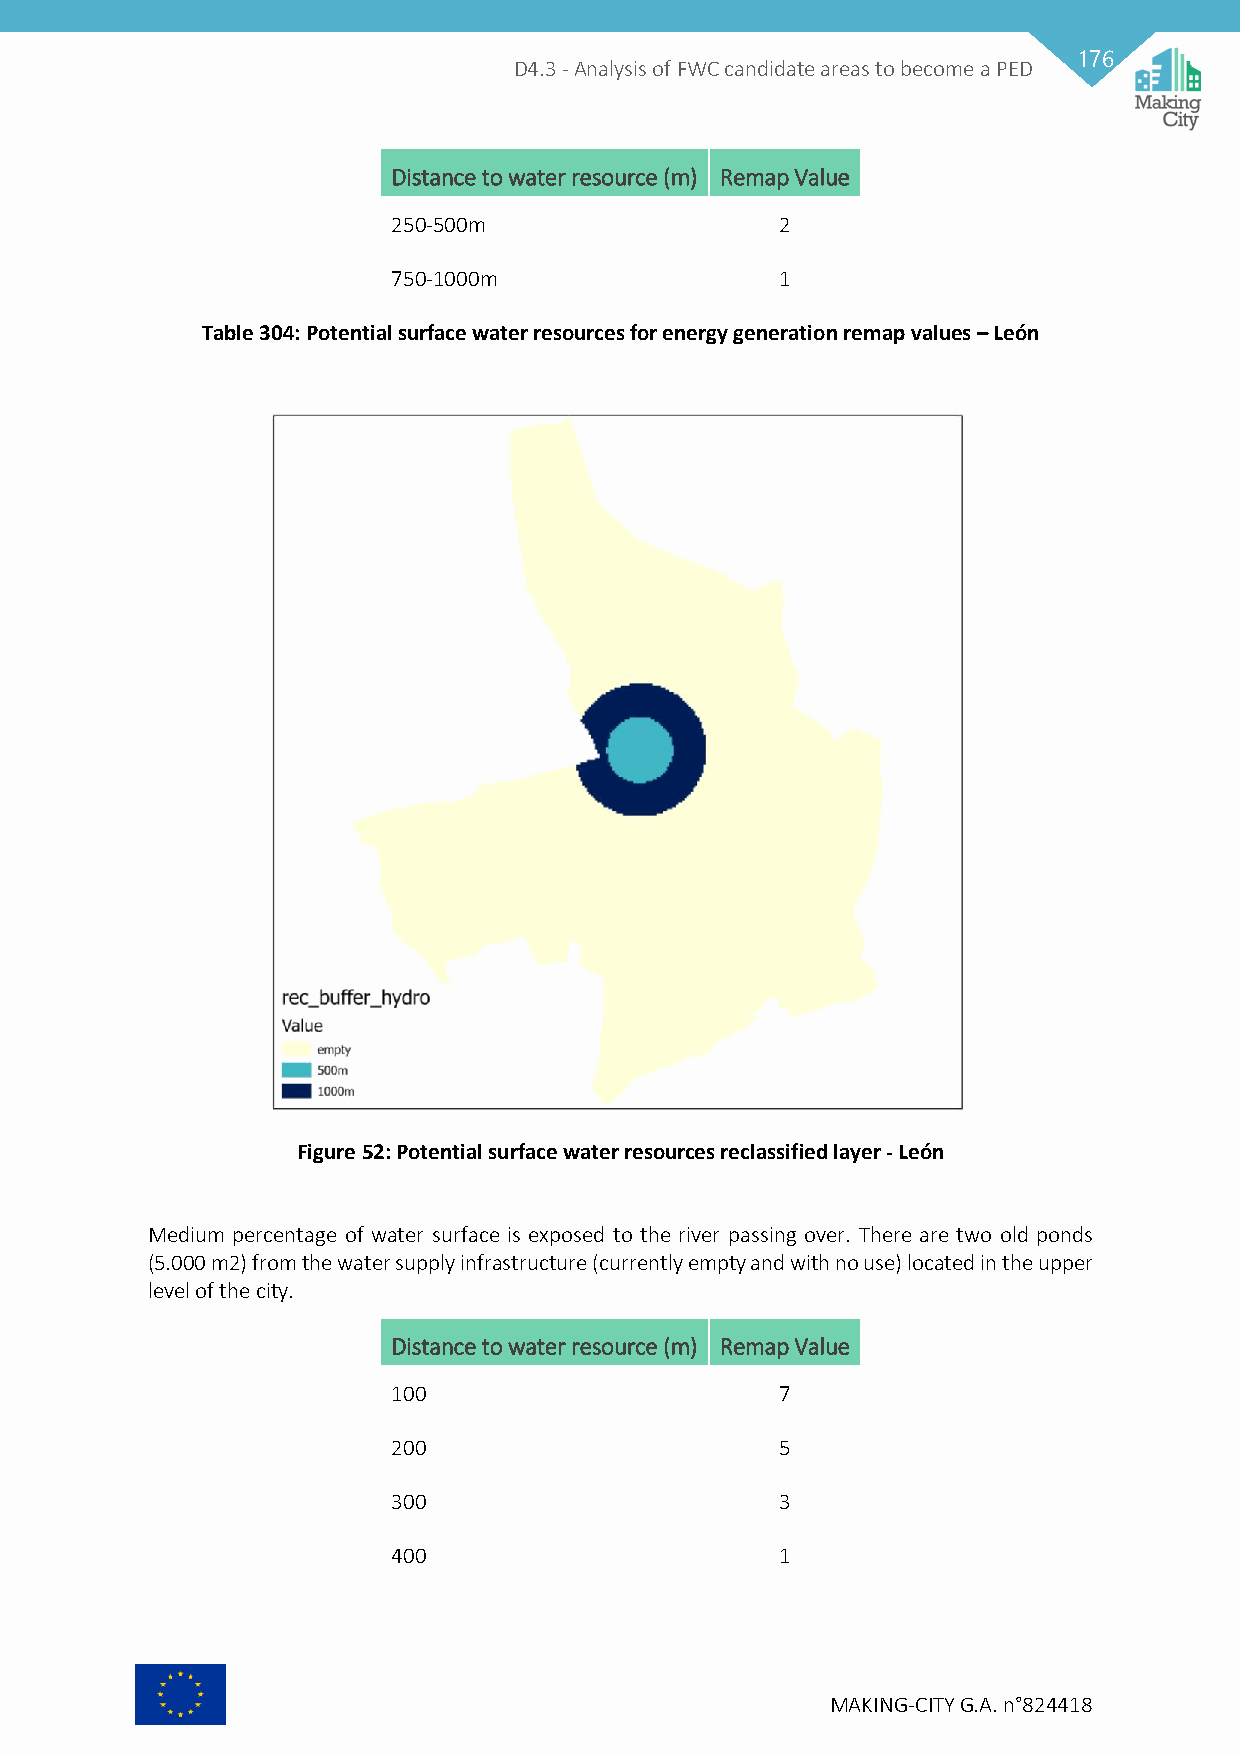
176
 D4.3 - Analysis of FWC candidate areas to become a PED
 Distance to water resource (m) Remap Value
 250-500m                  2
 750-1000m                 1
 Table 304: Potential surface water resources for energy generation remap values – León
 Figure 52: Potential surface water resources reclassified layer - León
 Medium percentage of water surface is exposed to the river passing over. There are two old ponds
 (5.000 m2) from the water supply infrastructure (currently empty and with no use) located in the upper
 level of the city.
 Distance to water resource (m) Remap Value
 100                       7
 200                       5
 300                       3
 400                       1
 MAKING-CITY G.A. n°824418